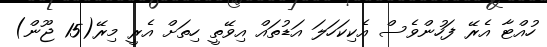
ހުއްޓާ އެރޭ ފަހުންވެސް އެކިކަހަލަ އަޑުތައް އިވޭތީ ހިތަށް އެރީ މިރޭ(15 ޖޫން)